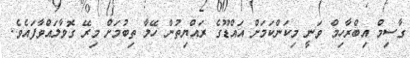
ގާސިމް އިބްރާހިމް ވަނީ މިކަންކަމަށް އައްޑޫގެ ރައްޔިތުން ހޭލާ ތިބުމަށް މިރޭ ގޮވާލައްވާފައެވެ.